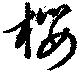
櫻